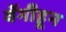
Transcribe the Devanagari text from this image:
वेंगीहून